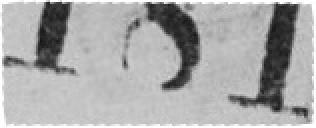
181